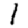
Digit: 1